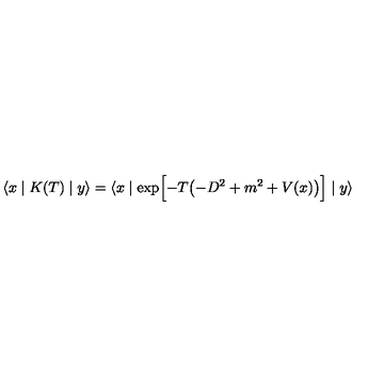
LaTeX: \langle x \mid K ( T ) \mid y \rangle = \langle x \mid \exp \Bigl [ - T \bigl ( - D ^ { 2 } + m ^ { 2 } + V ( x ) \bigr ) \Bigr ] \mid y \rangle